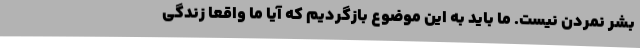
بشر نمردن نیست. ما باید به این موضوع بازگردیم که آیا ما واقعا زندگی